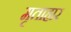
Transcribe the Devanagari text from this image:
मृताहार